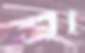
ব্রা